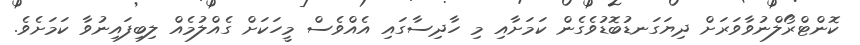
ކޮންޓްރޯލްނުވާވަރަށް ދިޔަގަނޑުބޮޑުވެގެން ކަމަށާއި މި ހާދިސާގައި އެއްވެސް މީހަކަށް ގެއްލުމެއް ލިބިފައިނުވާ ކަމަށެވެ.